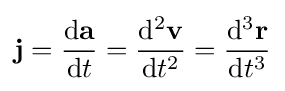
\mathbf {j} ={\frac {\mathrm {d} \mathbf {a} }{\mathrm {d} t}}={\frac {\mathrm {d} ^{2}\mathbf {v} }{\mathrm {d} t^{2}}}={\frac {\mathrm {d} ^{3}\mathbf {r} }{\mathrm {d} t^{3}}}